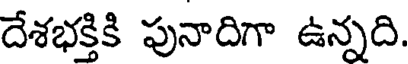
దేశభక్తికి పునాదిగా ఉన్నది.